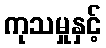
ကုသမှုနှင့်